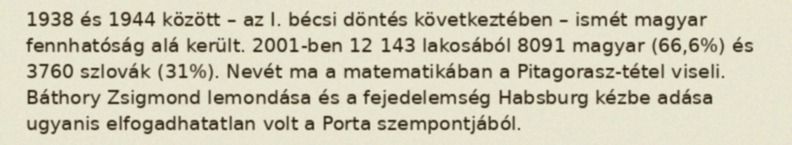
1938 és 1944 között – az I. bécsi döntés következtében – ismét magyar fennhatóság alá került. 2001-ben 12 143 lakosából 8091 magyar (66,6%) és 3760 szlovák (31%). Nevét ma a matematikában a Pitagorasz-tétel viseli. Báthory Zsigmond lemondása és a fejedelemség Habsburg kézbe adása ugyanis elfogadhatatlan volt a Porta szempontjából.